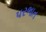
પરભાત